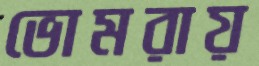
ভোমরায়